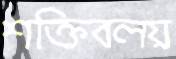
শক্তিবলয়